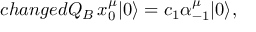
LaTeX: c h a n g e d Q _ { B } \, x _ { 0 } ^ { \mu } | 0 \rangle = c _ { 1 } \alpha _ { - 1 } ^ { \mu } | 0 \rangle ,